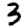
Digit: 3